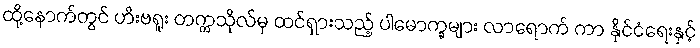
ထို့နောက်တွင် ဟီးဗရူး တက္ကသိုလ်မှ ထင်ရှားသည့် ပါမောက္ခများ လာရောက် ကာ နိုင်ငံရေးနှင့်